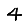
Digit: 4